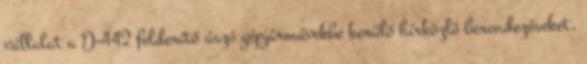
vállalat a D-442 felderítő úszó gépjárművekbe kerülő hírközlő berendezéseket,